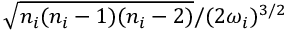
\sqrt { { n _ { i } ( n _ { i } - 1 ) ( n _ { i } - 2 ) } } / { ( 2 \omega _ { i } ) ^ { 3 / 2 } }